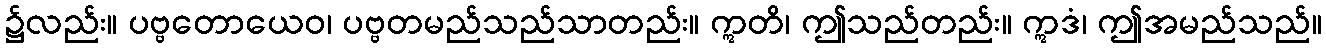
၌လည်း။ ပဗ္ဗတောယေဝ၊ ပဗ္ဗတမည်သည်သာတည်း။ ဣတိ၊ ဤသည်တည်း။ ဣဒံ၊ ဤအမည်သည်။